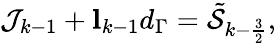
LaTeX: \begin{array}{r}{\mathcal{J}_{k-1}+\mathbf{l}_{k-1}d_{\Gamma}=\tilde{\mathcal{S}}_{k-\frac{3}{2}},}\end{array}